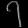
Digit: ၇